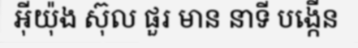
អ៊ីយ៉ុង ស៊ុល ផួរ មាន នាទី បង្កើន